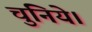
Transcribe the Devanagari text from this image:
चुनिये।